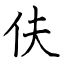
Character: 伕